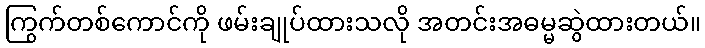
ကြွက်တစ်ကောင်ကို ဖမ်းချုပ်ထားသလို အတင်းအဓမ္မဆွဲထားတယ်။